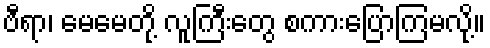
ဗီရာ၊ မေမေတို့ လူကြီးတွေ စကားပြောကြမလို့။